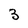
Character: 3